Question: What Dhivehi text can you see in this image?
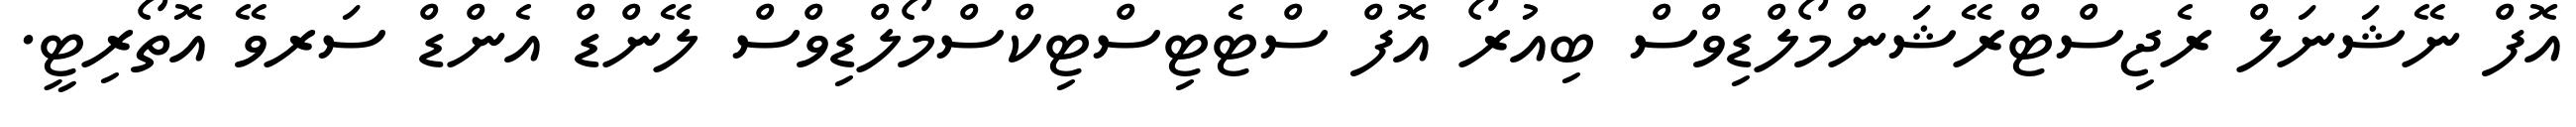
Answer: އޮފް ނޭޝަނަލް ރެޖިސްޓްރޭޝަންމޯލްޑިވްސް ބިއުރޯ އޮފް ސްޓެޓިސްޓިކްސްމޯލްޑިވްސް ލޭންޑް އެންޑް ސަރވޭ އޮތޯރިޓީ.